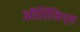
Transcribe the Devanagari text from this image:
ऑरिजिन्स